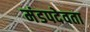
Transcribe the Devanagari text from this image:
मंडपदेवता